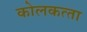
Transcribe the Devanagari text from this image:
कोलकत्‍ता